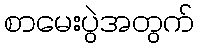
စာမေးပွဲအတွက်